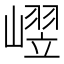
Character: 𪩒